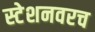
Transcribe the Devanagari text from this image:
स्टेशनवरच